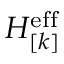
H _ { [ k ] } ^ { \mathrm { e f f } }